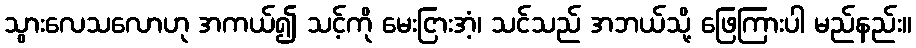
သွားလေသလောဟု အကယ်၍ သင့်ကို မေးငြားအံ့၊ သင်သည် အဘယ်သို့ ဖြေကြားပါ မည်နည်း။